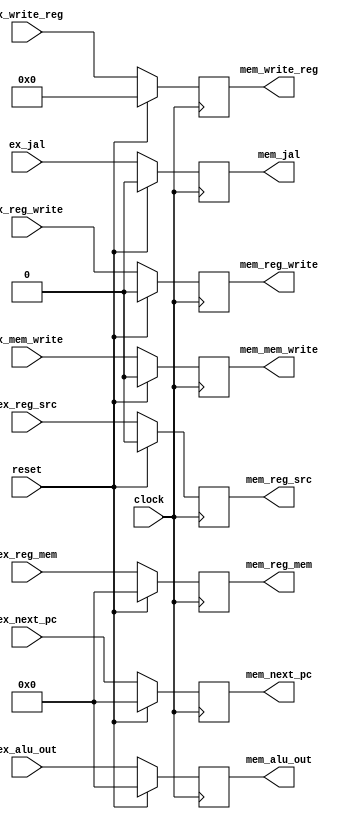
module ex_mem (clock, reset,
               ex_next_pc, ex_alu_out, ex_reg_mem, ex_write_reg,
               ex_mem_write, ex_reg_src, ex_reg_write, ex_jal,
               mem_next_pc, mem_alu_out, mem_reg_mem, mem_write_reg,
               mem_mem_write, mem_reg_src, mem_reg_write, mem_jal);

   input [31:0] ex_next_pc, ex_alu_out, ex_reg_mem;
   input [4:0]  ex_write_reg;
   input ex_mem_write, ex_reg_src, ex_reg_write, ex_jal;
   input clock, reset;
   output reg [31:0] mem_next_pc, mem_alu_out, mem_reg_mem;
   output reg [4:0]  mem_write_reg;
   output reg mem_mem_write, mem_reg_src, mem_reg_write, mem_jal;

   always @(posedge clock)
   begin
      if (reset) // reset the registers
      begin
         mem_next_pc <= 0;
         mem_alu_out <= 0;
         mem_reg_mem <= 0;
         mem_write_reg <= 0;
         mem_mem_write <= 0;
         mem_reg_src <= 0;
         mem_reg_write <= 0;
         mem_jal <= 0;
      end
      else
      begin
         mem_next_pc <= ex_next_pc;
         mem_alu_out <= ex_alu_out;
         mem_reg_mem <= ex_reg_mem;
         mem_write_reg <= ex_write_reg;
         mem_mem_write <= ex_mem_write;
         mem_reg_src <= ex_reg_src;
         mem_reg_write <= ex_reg_write;
         mem_jal <= ex_jal;
      end
   end

endmodule